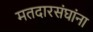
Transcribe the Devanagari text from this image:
मतदारसंघांना